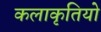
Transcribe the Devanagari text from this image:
कलाकृतियो